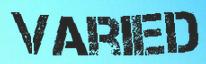
VARIED